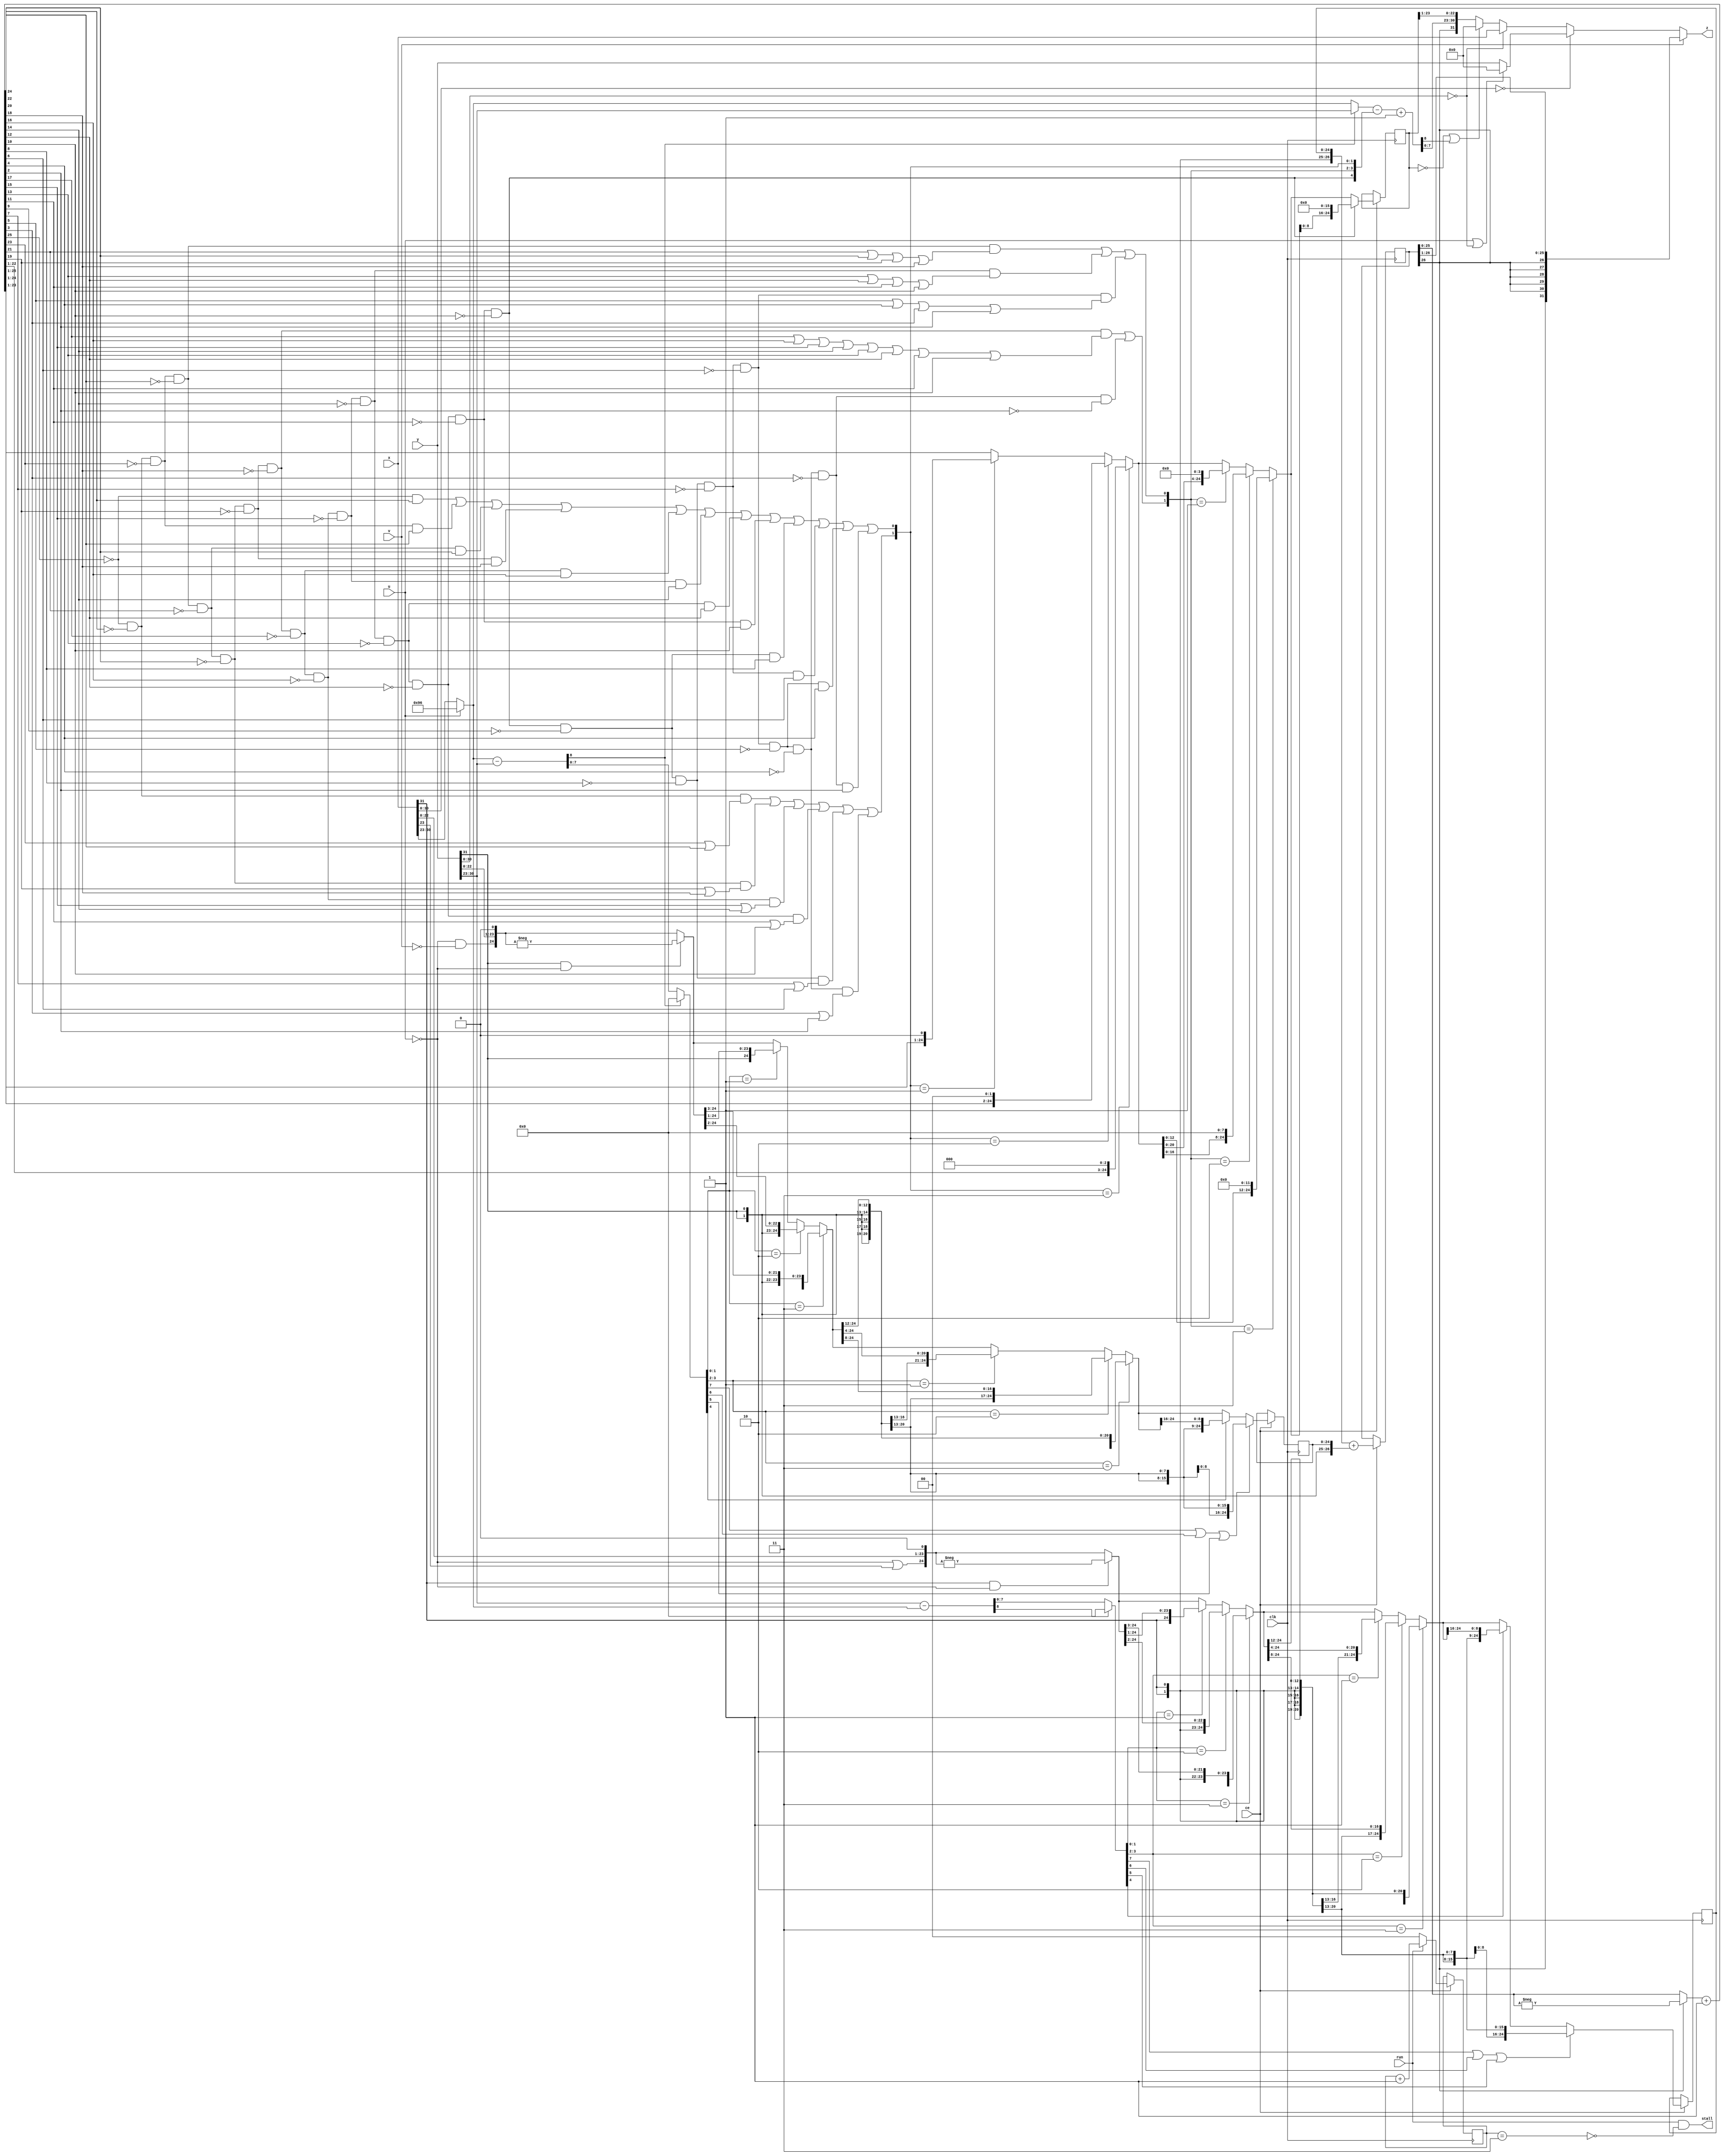
`timescale 1ns / 1ps  

/*Project Oberon, Revised Edition 2013

Book copyright (C)2013 Niklaus Wirth and Juerg Gutknecht;
software copyright (C)2013 Niklaus Wirth (NW), Juerg Gutknecht (JG), Paul
Reed (PR/PDR).

Permission to use, copy, modify, and/or distribute this software and its
accompanying documentation (the "Software") for any purpose with or
without fee is hereby granted, provided that the above copyright notice
and this permission notice appear in all copies.

THE SOFTWARE IS PROVIDED "AS IS" AND THE AUTHORS DISCLAIM ALL WARRANTIES
WITH REGARD TO THE SOFTWARE, INCLUDING ALL IMPLIED WARRANTIES OF
MERCHANTABILITY, FITNESS AND NONINFRINGEMENT.  IN NO EVENT SHALL THE
AUTHORS BE LIABLE FOR ANY CLAIM, SPECIAL, DIRECT, INDIRECT, OR
CONSEQUENTIAL DAMAGES OR ANY DAMAGES OR LIABILITY WHATSOEVER, WHETHER IN
AN ACTION OF CONTRACT, TORT OR OTHERWISE, ARISING FROM, OUT OF OR IN
CONNECTION WITH THE DEALINGS IN OR USE OR PERFORMANCE OF THE SOFTWARE.*/

// NW 4.10.2016  pipelined
// u = 1: FLT; v = 1: FLOOR

module FPAdder(
  input clk, ce, run, u, v,
  input [31:0] x, y,
  output stall,
  output [31:0] z);

reg [1:0] State;

wire xs, ys, xn, yn;  // signs
wire [7:0] xe, ye;
wire [24:0] xm, ym;

wire [8:0] dx, dy, e0, e1;
wire [7:0] sx, sy;  // shift counts
wire [1:0] sx0, sx1, sy0, sy1;
wire sxh, syh;
wire [24:0] x0, x1, x2, y0, y1, y2;
reg [24:0] x3, y3;

reg [26:0] Sum;
wire [26:0] s;

wire z24, z22, z20, z18, z16, z14, z12, z10, z8, z6, z4, z2;
wire [4:0] sc;  // shift count
wire [1:0] sc0, sc1;
wire [24:0] t1, t2;
reg [24:0] t3;

assign xs = x[31];  // sign x
assign xe = u ? 8'h96 : x[30:23];  // expo x
assign xm = {~u|x[23], x[22:0], 1'b0};  //mant x
assign xn = (x[30:0] == 0);
assign ys = y[31];  // sign y
assign ye = y[30:23];  // expo y
assign ym = {~u&~v, y[22:0], 1'b0};  //mant y
assign yn = (y[30:0] == 0);

assign dx = xe - ye;
assign dy = ye - xe;
assign e0 = (dx[8]) ? ye : xe;
assign sx = dy[8] ? 0 : dy;
assign sy = dx[8] ? 0 : dx;
assign sx0 = sx[1:0];
assign sx1 = sx[3:2];
assign sy0 = sy[1:0];
assign sy1 = sy[3:2];
assign sxh = sx[7] | sx[6] | sx[5];
assign syh = sy[7] | sy[6] | sy[5];

// denormalize, shift right
assign x0 = xs&~u ? -xm : xm;
assign x1 = (sx0 == 3) ? {{3{xs}}, x0[24:3]} :
  (sx0 == 2) ? {{2{xs}}, x0[24:2]} : (sx0 == 1) ? {xs, x0[24:1]} : x0;
assign x2 = (sx1 == 3) ? {{12{xs}}, x1[24:12]} :
  (sx1 == 2) ? {{8{xs}}, x1[24:8]} : (sx1 == 1) ? {{4{xs}}, x1[24:4]} : x1;
always @ (posedge(clk)) if(ce)
  x3 <= sxh ? {25{xs}} : (sx[4] ? {{16{xs}}, x2[24:16]} : x2);

assign y0 = ys&~u ? -ym : ym;
assign y1 = (sy0 == 3) ? {{3{ys}}, y0[24:3]} :
  (sy0 == 2) ? {{2{ys}}, y0[24:2]} : (sy0 == 1) ? {ys, y0[24:1]} : y0;
assign y2 = (sy1 == 3) ? {{12{ys}}, y1[24:12]} :
  (sy1 == 2) ? {{8{ys}}, y1[24:8]} : (sy1 == 1) ? {{4{ys}}, y1[24:4]} : y1;
always @ (posedge(clk)) if(ce)
	y3 <= syh ? {25{ys}} : (sy[4] ? {{16{ys}}, y2[24:16]} : y2);
	
// add
always @ (posedge(clk)) if(ce) Sum <= {xs, xs, x3} + {ys, ys, y3};
assign s = (Sum[26] ? -Sum : Sum) + 1;

// post-normalize
assign z24 = ~s[25] & ~ s[24];
assign z22 = z24 & ~s[23] & ~s[22];
assign z20 = z22 & ~s[21] & ~s[20];
assign z18 = z20 & ~s[19] & ~s[18];
assign z16 = z18 & ~s[17] & ~s[16];
assign z14 = z16 & ~s[15] & ~s[14];
assign z12 = z14 & ~s[13] & ~s[12];
assign z10 = z12 & ~s[11] & ~s[10];
assign z8 = z10 & ~s[9] & ~s[8];
assign z6 = z8 & ~s[7] & ~s[6];
assign z4 = z6 & ~s[5] & ~s[4];
assign z2 = z4 & ~s[3] & ~s[2];

assign sc[4] = z10;  // sc = shift count of post normalization
assign sc[3] = z18 & (s[17] | s[16] | s[15] | s[14] | s[13] | s[12] | s[11] | s[10])
      | z2;
assign sc[2] = z22 & (s[21] | s[20] | s[19] | s[18])
      | z14 & (s[13] | s[12] | s[11] | s[10])
      | z6 & (s[5] | s[4] | s[3] | s[2]);
assign sc[1] = z24 & (s[23] | s[22])
      | z20 & (s[19] | s[18])
      | z16 & (s[15] | s[14])
      | z12 & (s[11] | s[10])
      | z8 & (s[7] | s[6])
      | z4 & (s[3] | s[2]);
assign sc[0] = ~s[25] & s[24]
      | z24 & ~s[23] & s[22]
      | z22 & ~s[21] & s[20]
      | z20 & ~s[19] & s[18]
      | z18 & ~s[17] & s[16]
      | z16 & ~s[15] & s[14]
      | z14 & ~s[13] & s[12]
      | z12 & ~s[11] & s[10]
      | z10 & ~s[9] & s[8]
      | z8 & ~s[7] & s[6]
      | z6 & ~s[5] & s[4]
      | z4 & ~s[3] & s[2];

assign e1 = e0 - sc + 1;
assign sc0 = sc[1:0];
assign sc1 = sc[3:2];

assign t1 = (sc0 == 3) ? {s[22:1], 3'b0} :
  (sc0 == 2) ? {s[23:1], 2'b0} : (sc0 == 1) ? {s[24:1], 1'b0} : s[25:1];
assign t2 = (sc1 == 3) ? {t1[12:0], 12'b0} :
  (sc1 == 2) ? {t1[16:0], 8'b0} : (sc1 == 1) ? {t1[20:0], 4'b0} : t1;
always @ (posedge(clk)) if(ce) t3 <= sc[4] ? {t2[8:0], 16'b0} : t2;

assign stall = run & ~(State == 3);
always @ (posedge(clk)) if(ce) State <= run ? State + 1 : 0;

assign z = v ? {{7{Sum[26]}}, Sum[25:1]} :  // FLOOR
    xn ? (u|yn ? 0 : y) :   // FLT or x = y = 0
    yn ? x :
    ((t3 == 0) | e1[8]) ? 0 : 
	 {Sum[26], e1[7:0], t3[23:1]};
endmodule